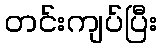
တင်းကျပ်ပြီး